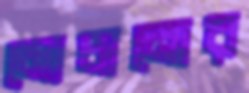
মোচানোর